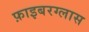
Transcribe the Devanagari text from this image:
फ़ाइबरग्लास